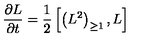
{ \frac { \partial L } { \partial t } } = { \frac { 1 } { 2 } } \left[ \left( L ^ { 2 } \right) _ { \geq 1 } , L \right]